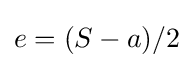
\,\!e=(S-a)/2